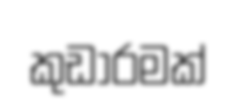
කුඩාරමක්